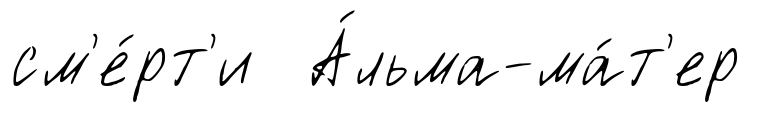
см'е́рт'и А́льма-ма́т'ер